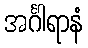
အင်္ဂါရာနံ